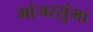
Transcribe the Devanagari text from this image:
मांजरसुंभा